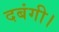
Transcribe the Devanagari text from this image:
दबंगी।